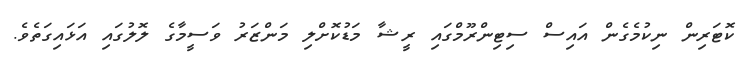
ކޮޓަރިން ނިކުމެގެން އައިސް ސިޓިންރޫމްގަައި ރީޝާ މަޑުކޮށްލިި މަންޒަރު ވަސީމާގެ ލޮލުުގައި އަޅައިގަތެވެ.